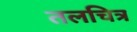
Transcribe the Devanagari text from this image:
तलचित्र